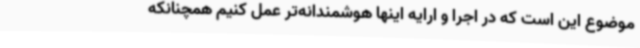
موضوع این است که در اجرا و ارایه اینها هوشمندانه‌تر عمل کنیم همچنانکه